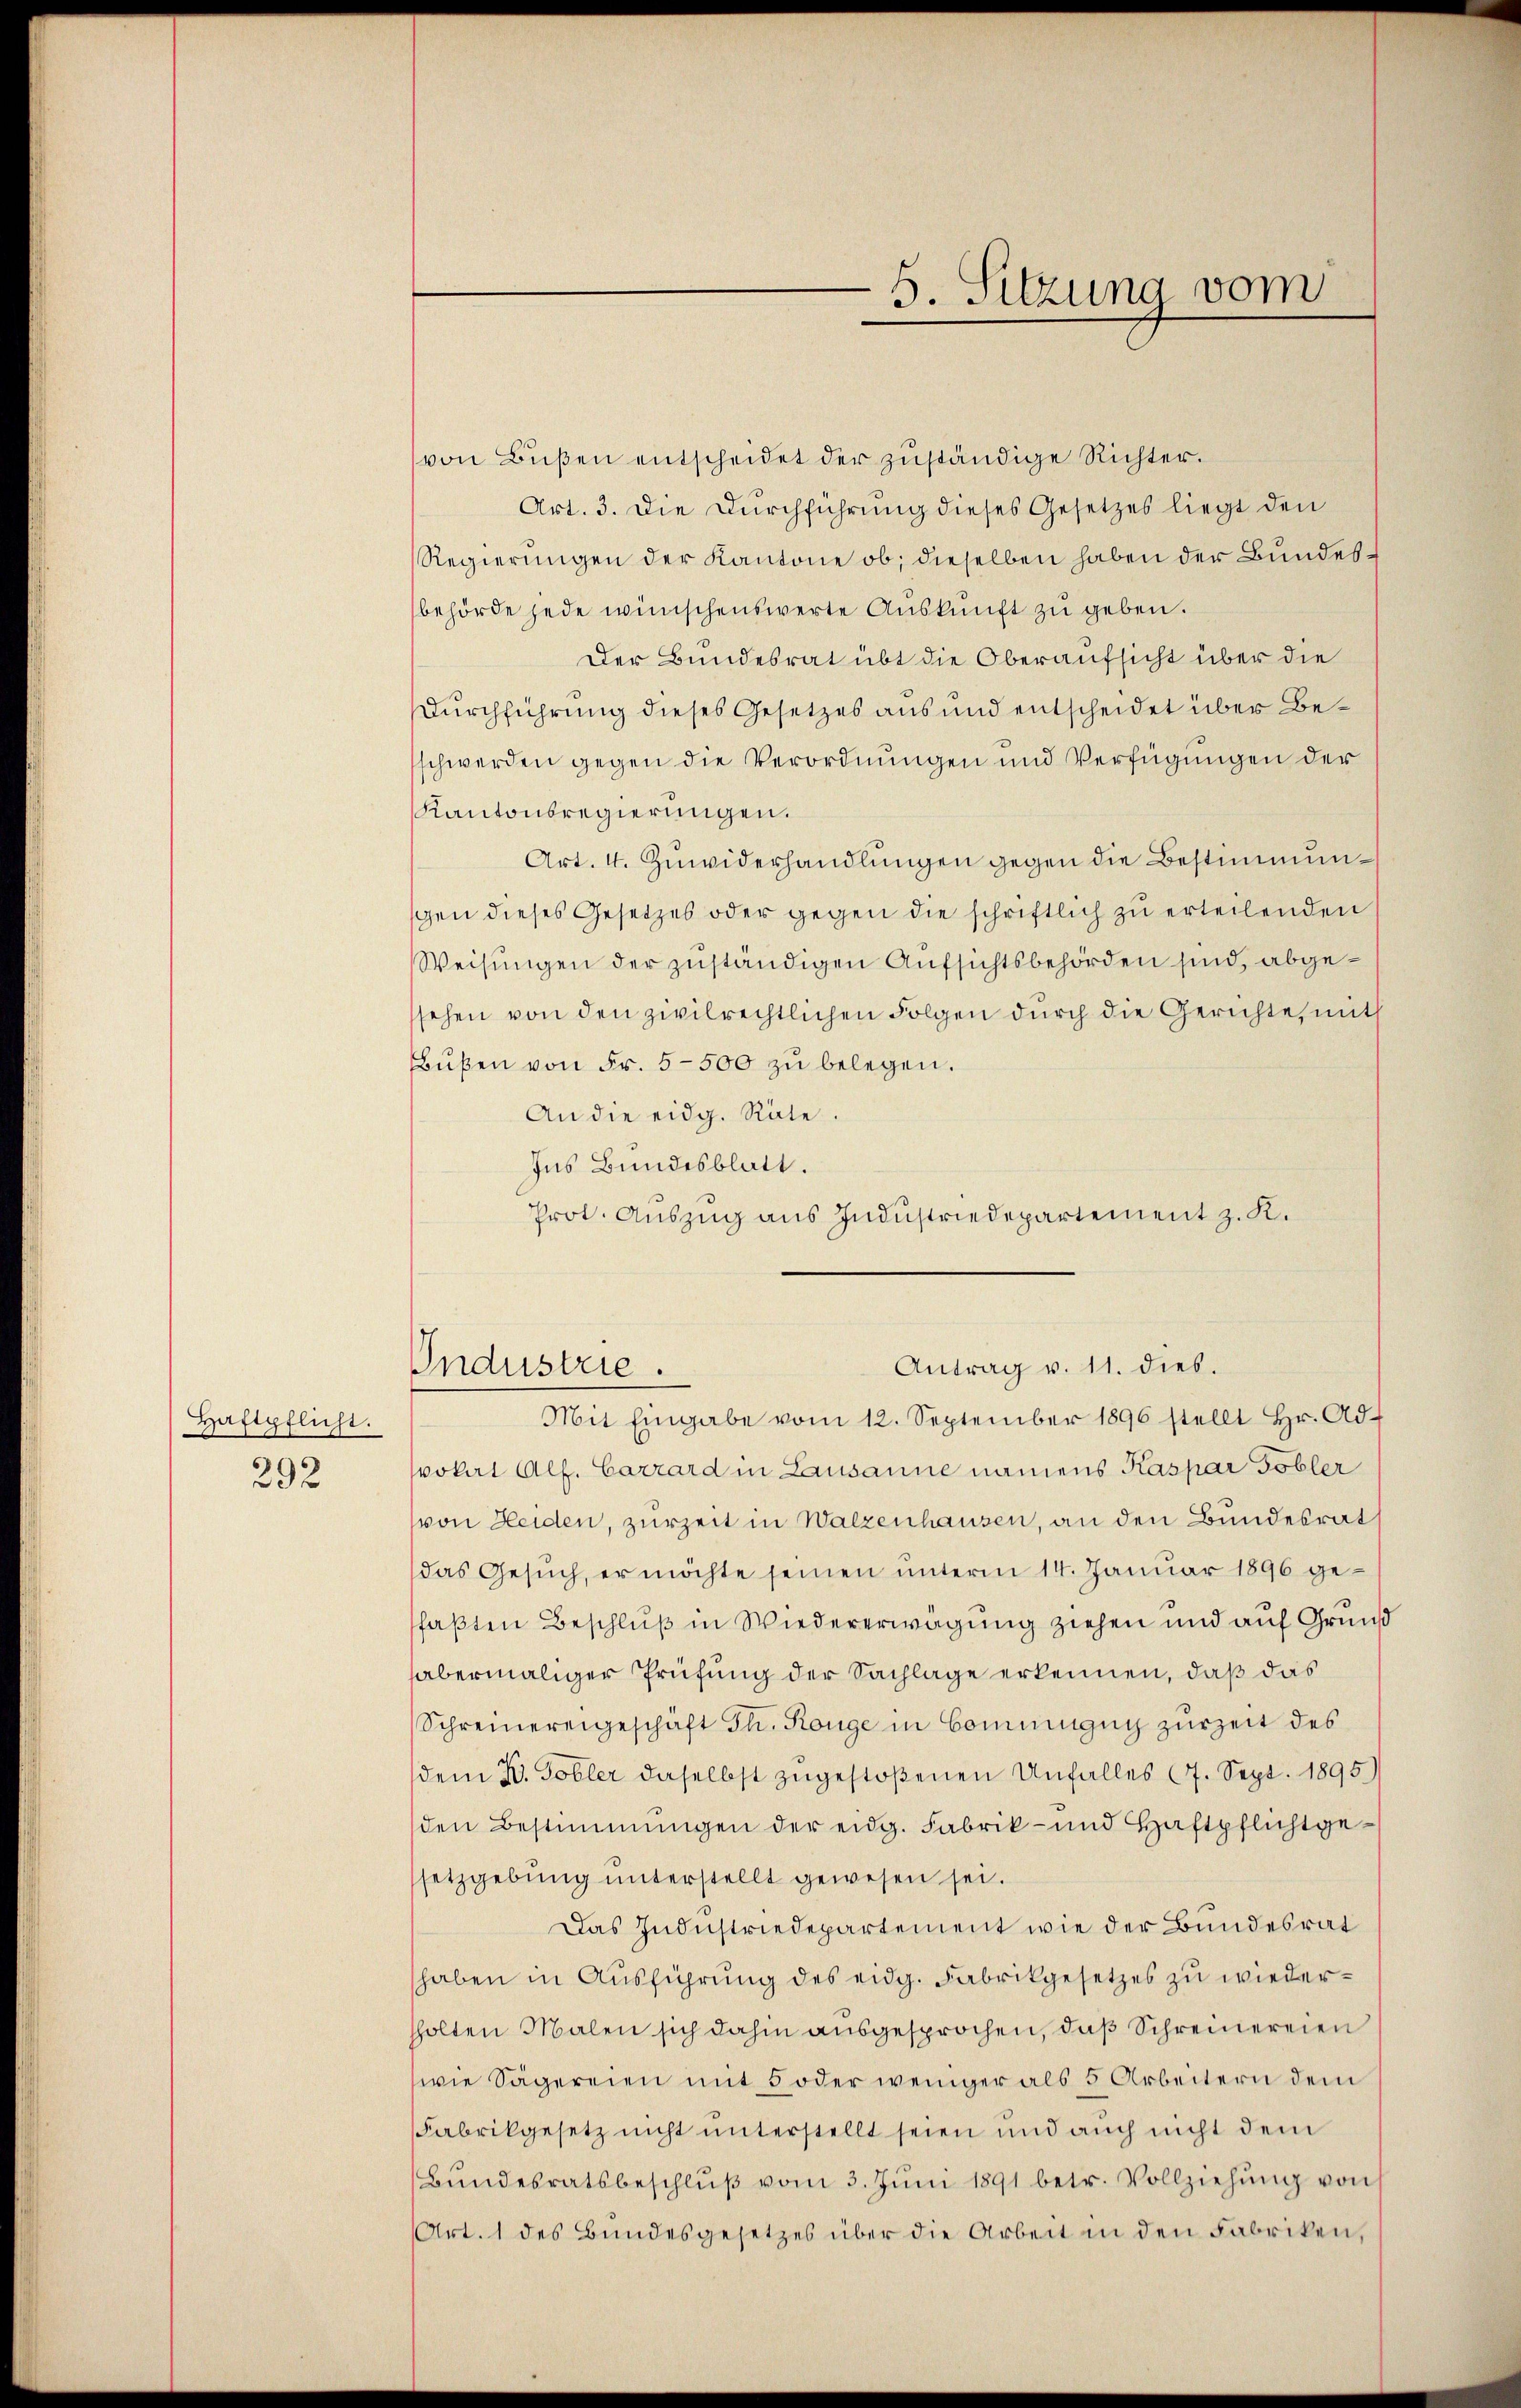
Haftpflicht.
292

5. Sitzung vom

von Bußen entscheidet der zuständige Richter.
Art. 3. Die Durchführung dieses Gesetzes liegt den
Regierungen der Kantone ob, dieselben haben der Bundesbehörde jede wünschenswerte Auskunft zu geben.
Der Bundesrat übt die Oberaufsicht über die
Durchführung dieses Gesetzes aus und entscheidet über Beschwerden gegen die Verordnungen und Verfügungen der
Kantonsregierungen.
Art. 4. Zuwiderhandlungen gegen die Bestimmungen dieses Gesetzes oder gegen die schriftlich zu erteilenden
Weisungen der zuständigen Aufsichtsbehörden sind, abgesehen von den zivilrechtlichen Folgen durch die Gerichte, mit
Bußen von Fr. 5500 zu belegen.
An die eidg. Räte.
Ins Bundesblatt.
Prot. Auszug aus Industriedepartement z. K.
Antrag v. 11. dies.
Industrie.
Mit Eingabe vom 12. September 1896 stellt Hr. Ad-
vokat Alf. Carrard in Lausanne namens Kaspar Tobler
von Heiden, zurzeit in Walzenhausen, an den Bundesrat
das Gesŭch, er möchte seinen unterm 14. Januar 1896 gefaßten Beschluß in Wiedererwägung ziehen und auf Grund
abermaliger Prüfung der Sachlage erkennen, daß das
Schreinereigeschaft Th. Range in Commingny zurzeit des
dem K. Tobler daselbst zugestoßenen Unfalles 7. Sept. 1895)
den Bestimmungen der eidg. Fabrik- und Haftpflicht gesetzgebŭng ŭnterstellt gewesen sei.
Das Industriedepartement wie der Bundesrat
haben in Ausführung des eidg. Fabrikgesetzes zu wiederhholten Malen sich dahin ausgesprochen, daß Schreinereien
wie Sägereien mit 5 oder weniger als 5 Arbeitern dem
Fabrikgesetz nicht unterstellt seien und auch nicht dem
Bŭndesratsbeschlŭβ vom 3. Jŭni 1891 betr. Vollziehŭng von
Art. 1 des Bundesgesetzes über die Arbeit in den Fabriken,